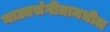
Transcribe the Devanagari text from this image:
नाट्यसंगीतामधील